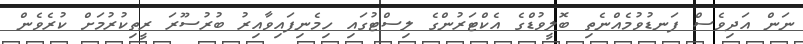
ނަން އަދިވެސް ފަނޑުވުމެއްނެތި ބޮލީވުޑްގެ އެކްޓަރުންގެ ލިސްޓުގައި ހިމެނިފައިވާއިރު ބުރުސޫރަ ރީތިކުރުމަށް ކުރެވެން